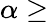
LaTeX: \alpha\geq